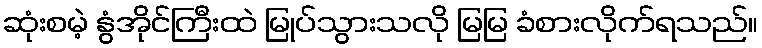
ဆုံးစမဲ့ နွံအိုင်ကြီးထဲ မြုပ်သွားသလို မြမြ ခံစားလိုက်ရသည်။